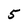
Character: 5